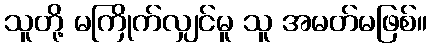
သူတို့ မကြိုက်လျှင်မူ သူ အမတ်မဖြစ်။